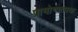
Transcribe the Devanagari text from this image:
प्रायोगात्मक